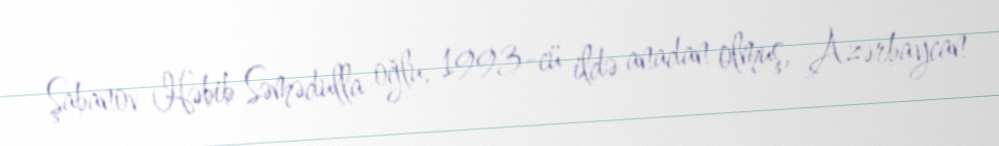
Şabanov Həbib Səmədulla oğlu, 1993-cü ildə anadan olmuş, Azərbaycan